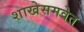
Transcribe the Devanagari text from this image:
शाखेसमवेत